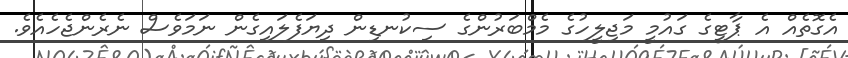
އެގޮތެއް އެ ޕާޓީގެ ގައުމީ މަޖިލީހުގެ މެމްބަރުންގެ ސިކުނޑިން ދިޔަފެލައިގެން ނަމަވެސް ނެރެންޖެހެއެވެ.